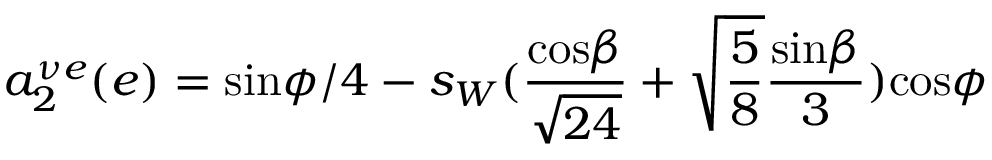
a _ { 2 } ^ { \nu e } ( e ) = \mathrm { s i n } \phi / 4 - s _ { W } ( \frac { \mathrm { c o s } \beta } { \sqrt { 2 4 } } + \sqrt { \frac 5 8 } \frac { \mathrm { s i n } \beta } { 3 } ) \mathrm { c o s } \phi